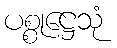
ပစ္စုဋ္ဌေသုံ